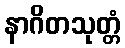
နာဂိတသုတ္တံ